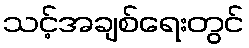
သင့်အချစ်ရေးတွင်